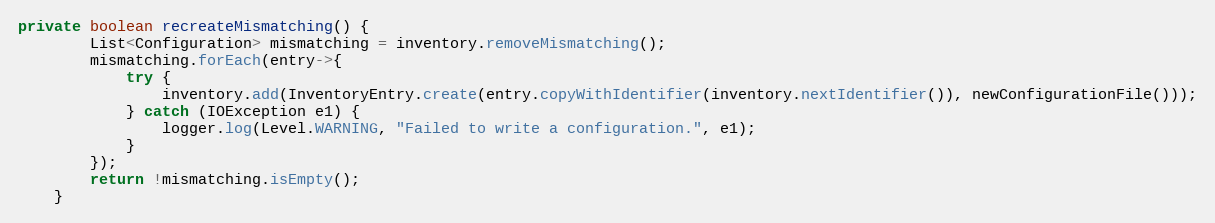
Language: Java
private boolean recreateMismatching() {
		List<Configuration> mismatching = inventory.removeMismatching();
		mismatching.forEach(entry->{
			try {
				inventory.add(InventoryEntry.create(entry.copyWithIdentifier(inventory.nextIdentifier()), newConfigurationFile()));
			} catch (IOException e1) {
				logger.log(Level.WARNING, "Failed to write a configuration.", e1);
			}
		});
		return !mismatching.isEmpty();
	}